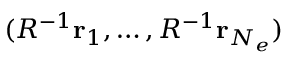
( R ^ { - 1 } { \mathbf { r } } _ { 1 } , \ldots , R ^ { - 1 } { \mathbf { r } } _ { N _ { e } } )